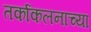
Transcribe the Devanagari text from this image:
तर्काकलनाच्या